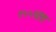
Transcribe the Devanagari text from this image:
१५५६ला